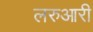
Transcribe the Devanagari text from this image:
लरुआरी